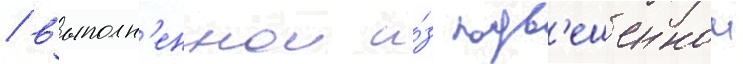
/ выполн'еннои и́з подв'ешеннои